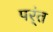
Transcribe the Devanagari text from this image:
पर्ंत